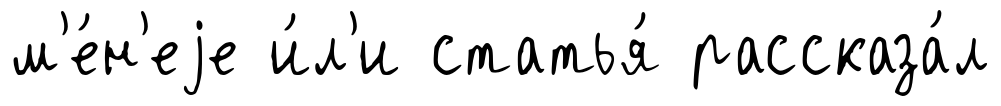
м'е́н'еjе и́л'и статья́ рассказа́л